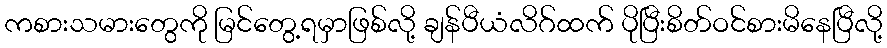
ကစားသမားတွေကို မြင်တွေ့ရမှာဖြစ်လို့ ချန်ပီယံလိဂ်ထက် ပိုပြီးစိတ်ဝင်စားမိနေပြီလို့